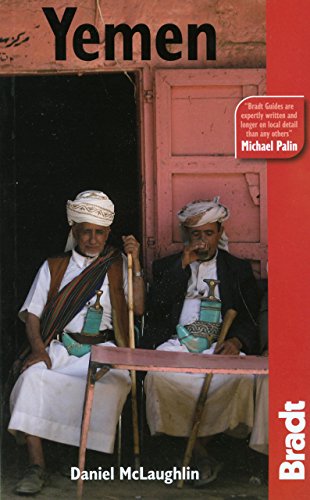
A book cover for Yemen (Bradt Travel Guide); Daniel Mclaughlin; Travel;